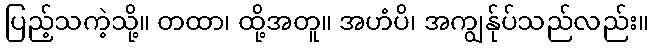
ပြည့်သကဲ့သို့။ တထာ၊ ထို့အတူ။ အဟံပိ၊ အကျွန်ုပ်သည်လည်း။